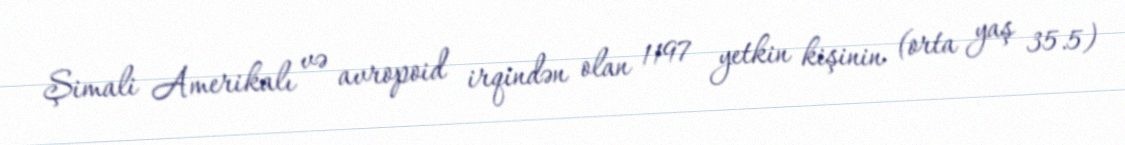
Şimali Amerikalı və avropoid irqindən olan 1197 yetkin kişinin (orta yaş 35.5)